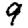
Digit: 9